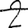
Digit: 2